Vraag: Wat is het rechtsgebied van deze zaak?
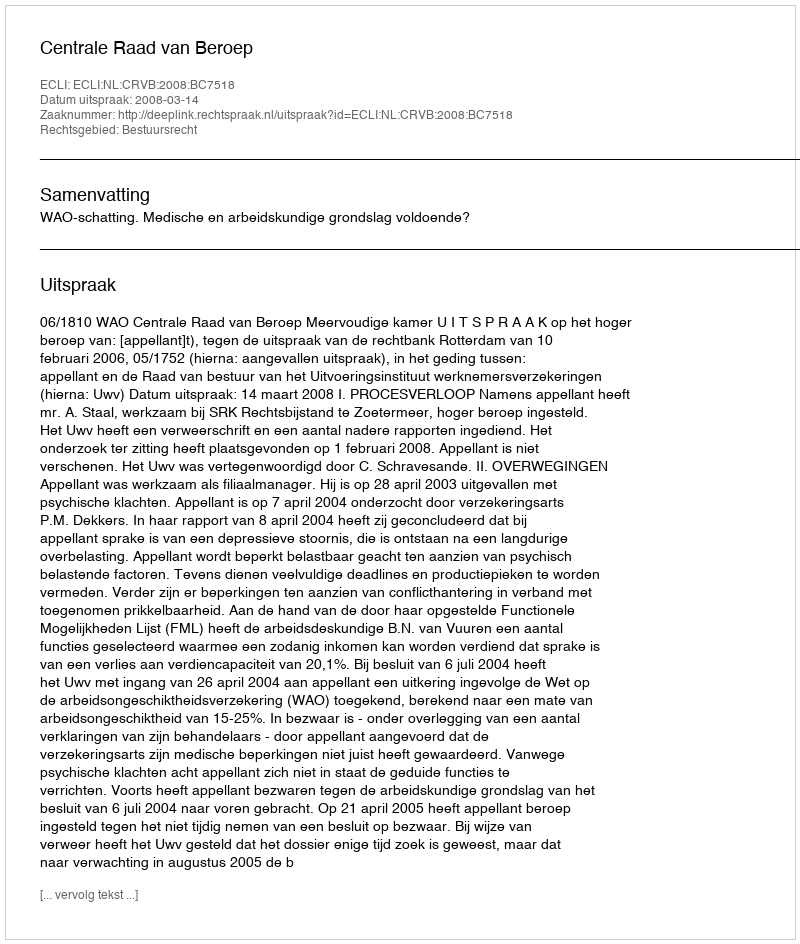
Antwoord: Bestuursrecht